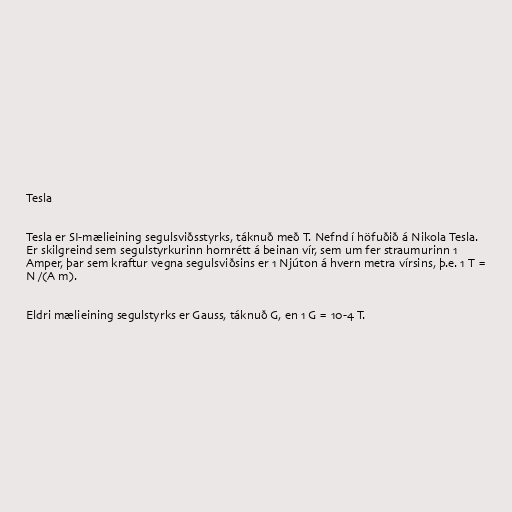
Tesla

Tesla er SI-mælieining segulsviðsstyrks, táknuð með T. Nefnd í höfuðið á Nikola Tesla.
Er skilgreind sem segulstyrkurinn hornrétt á beinan vír, sem um fer straumurinn 1
Amper, þar sem kraftur vegna segulsviðsins er 1 Njúton á hvern metra vírsins, þ.e. 1 T =
N /(A m).

Eldri mælieining segulstyrks er Gauss, táknuð G, en 1 G = 10-4 T.